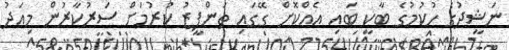
ނަޝީދުގެ ހުކުމުގެ ބާކީ ބައި އެއްކޮށް ގޭގައި ތަންފީޒު ކުރުމަށް ސަރުކާރުން މިއަދު